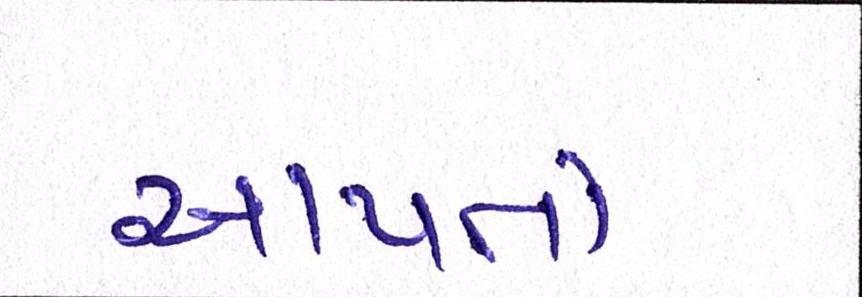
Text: આપતો